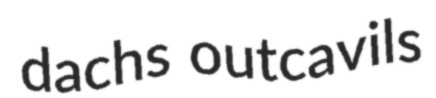
dachs outcavils